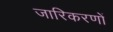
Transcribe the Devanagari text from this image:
जारिकरणों